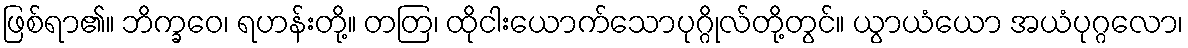
ဖြစ်ရာ၏။ ဘိက္ခဝေ၊ ရဟန်းတို့။ တတြ၊ ထိုငါးယောက်သောပုဂ္ဂိုလ်တို့တွင်။ ယွာယံယော အယံပုဂ္ဂလော၊